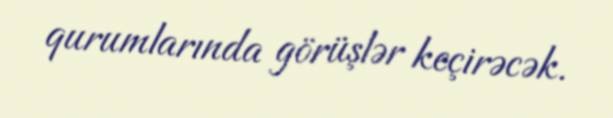
qurumlarında görüşlər keçirəcək.